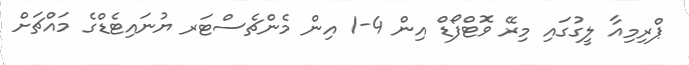
ޕްރިމިއާ ލީގުގައި މިރޭ ވޮޓްފޯޑް އިން 4-1 އިން މެންޗެސްޓަރ ޔުނައިޓެޑްގެ މައްޗަށް